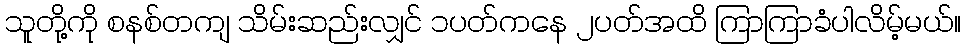
သူတို့ကို စနစ်တကျ သိမ်းဆည်းလျှင် ၁ပတ်ကနေ ၂ပတ်အထိ ကြာကြာခံပါလိမ့်မယ်။